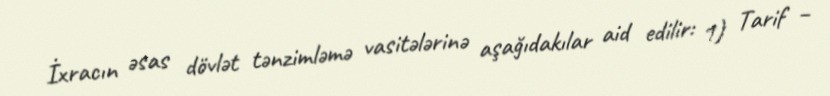
İxracın əsas dövlət tənzimləmə vasitələrinə aşağıdakılar aid edilir: 1) Tarif –